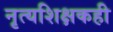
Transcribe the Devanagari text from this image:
नृत्यशिक्षकही